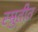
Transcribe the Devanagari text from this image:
स्म्रुतीत